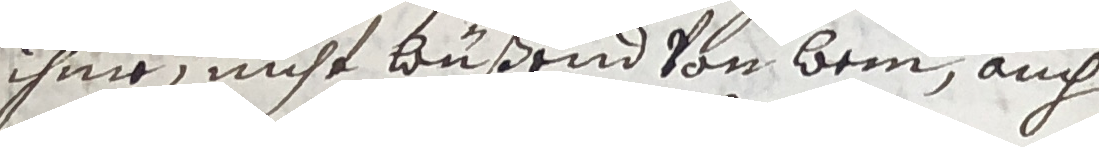
ihme nicht bußend von bein, auch